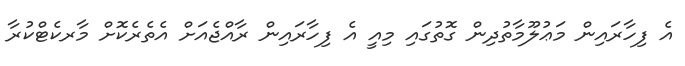
އެ ފިހާރައިން މަޢުލޫމާތުދިން ގޮތުގައި މިއީ އެ ފިހާރައިން ރާއްޖެއަށް އެތެރެކޮށް މާރކެޓްކުރާ